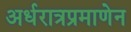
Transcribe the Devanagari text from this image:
अर्धरात्रप्रमाणेन